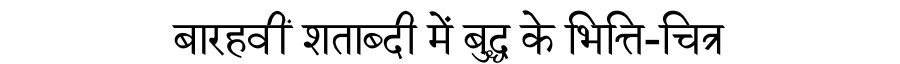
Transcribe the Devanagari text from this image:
बारहवीं शताब्दी में बुद्ध के भित्ति-चित्र